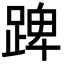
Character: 䠋